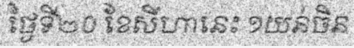
ថ្ងៃទី២០ ខែសីហានេះ ១យន់ចិន